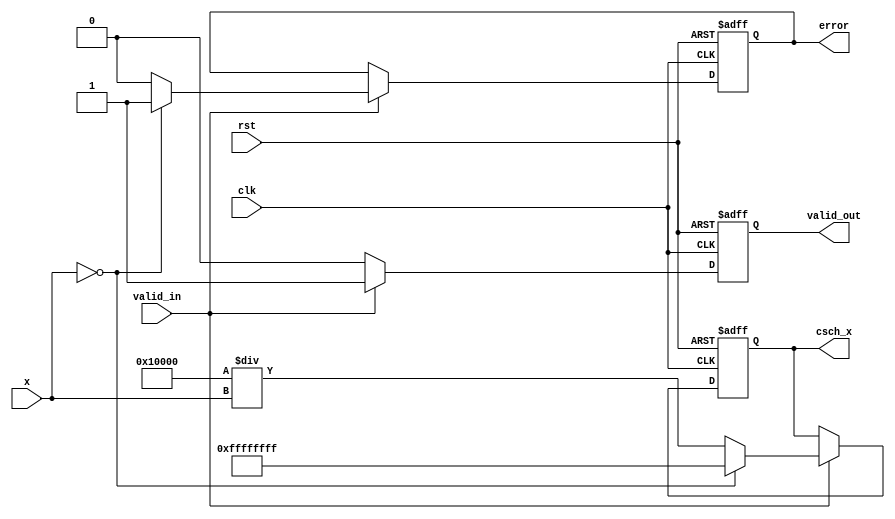
module hyperbolic_cosecant (
    input wire clk,
    input wire rst,
    input wire valid_in,
    input wire [31:0] x, // Input: Fixed-point representation of x
    output reg [31:0] csch_x, // Output: Fixed-point representation of csch(x)
    output reg valid_out,
    output reg error
);

    // Internal signals
    reg [31:0] sinh_x;
    reg [31:0] sinh_x_inv; // 1/sinh(x)

    // Parameters for fixed-point representation
    parameter FIXED_POINT_FRACTIONAL_BITS = 16;
    parameter MAX_VALUE = 32'h7FFFFFFF; // Max value for fixed-point representation
    parameter MIN_VALUE = 32'h80000000; // Min value for fixed-point representation

    // Function to compute sinh(x) using the approximation
    function [31:0] compute_sinh;
        input [31:0] x;
        begin
            // sinh(x) = (e^x - e^(-x)) / 2
            // For simplicity, we will use a Taylor series approximation
            // sinh(x)  x + x^3/6 + x^5/120 + ... (limited terms for approximation)
            // Here we will just use x for a rough approximation
            compute_sinh = x; // Replace with actual computation for better accuracy
        end
    endfunction

    // Reciprocal function
    function [31:0] reciprocal;
        input [31:0] value;
        begin
            if (value == 0) begin
                reciprocal = 32'hFFFFFFFF; // Indicate infinity or error
            end else begin
                reciprocal = (1 << FIXED_POINT_FRACTIONAL_BITS) / value; // Fixed-point division
            end
        end
    endfunction

    // Main computation block
    always @(posedge clk or posedge rst) begin
        if (rst) begin
            csch_x <= 32'b0;
            valid_out <= 1'b0;
            error <= 1'b0;
        end else if (valid_in) begin
            sinh_x = compute_sinh(x);
            if (sinh_x == 0) begin
                error <= 1'b1; // Division by zero error
                csch_x <= 32'hFFFFFFFF; // Indicate error in output
            end else begin
                sinh_x_inv = reciprocal(sinh_x);
                csch_x <= sinh_x_inv; // Output the computed csch(x)
                error <= 1'b0; // No error
            end
            valid_out <= 1'b1; // Output is valid
        end else begin
            valid_out <= 1'b0; // No valid output
        end
    end

endmodule